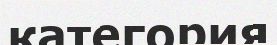
категория